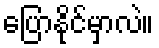
ပြောနိုင်မှာလဲ။